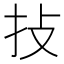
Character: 𢪊